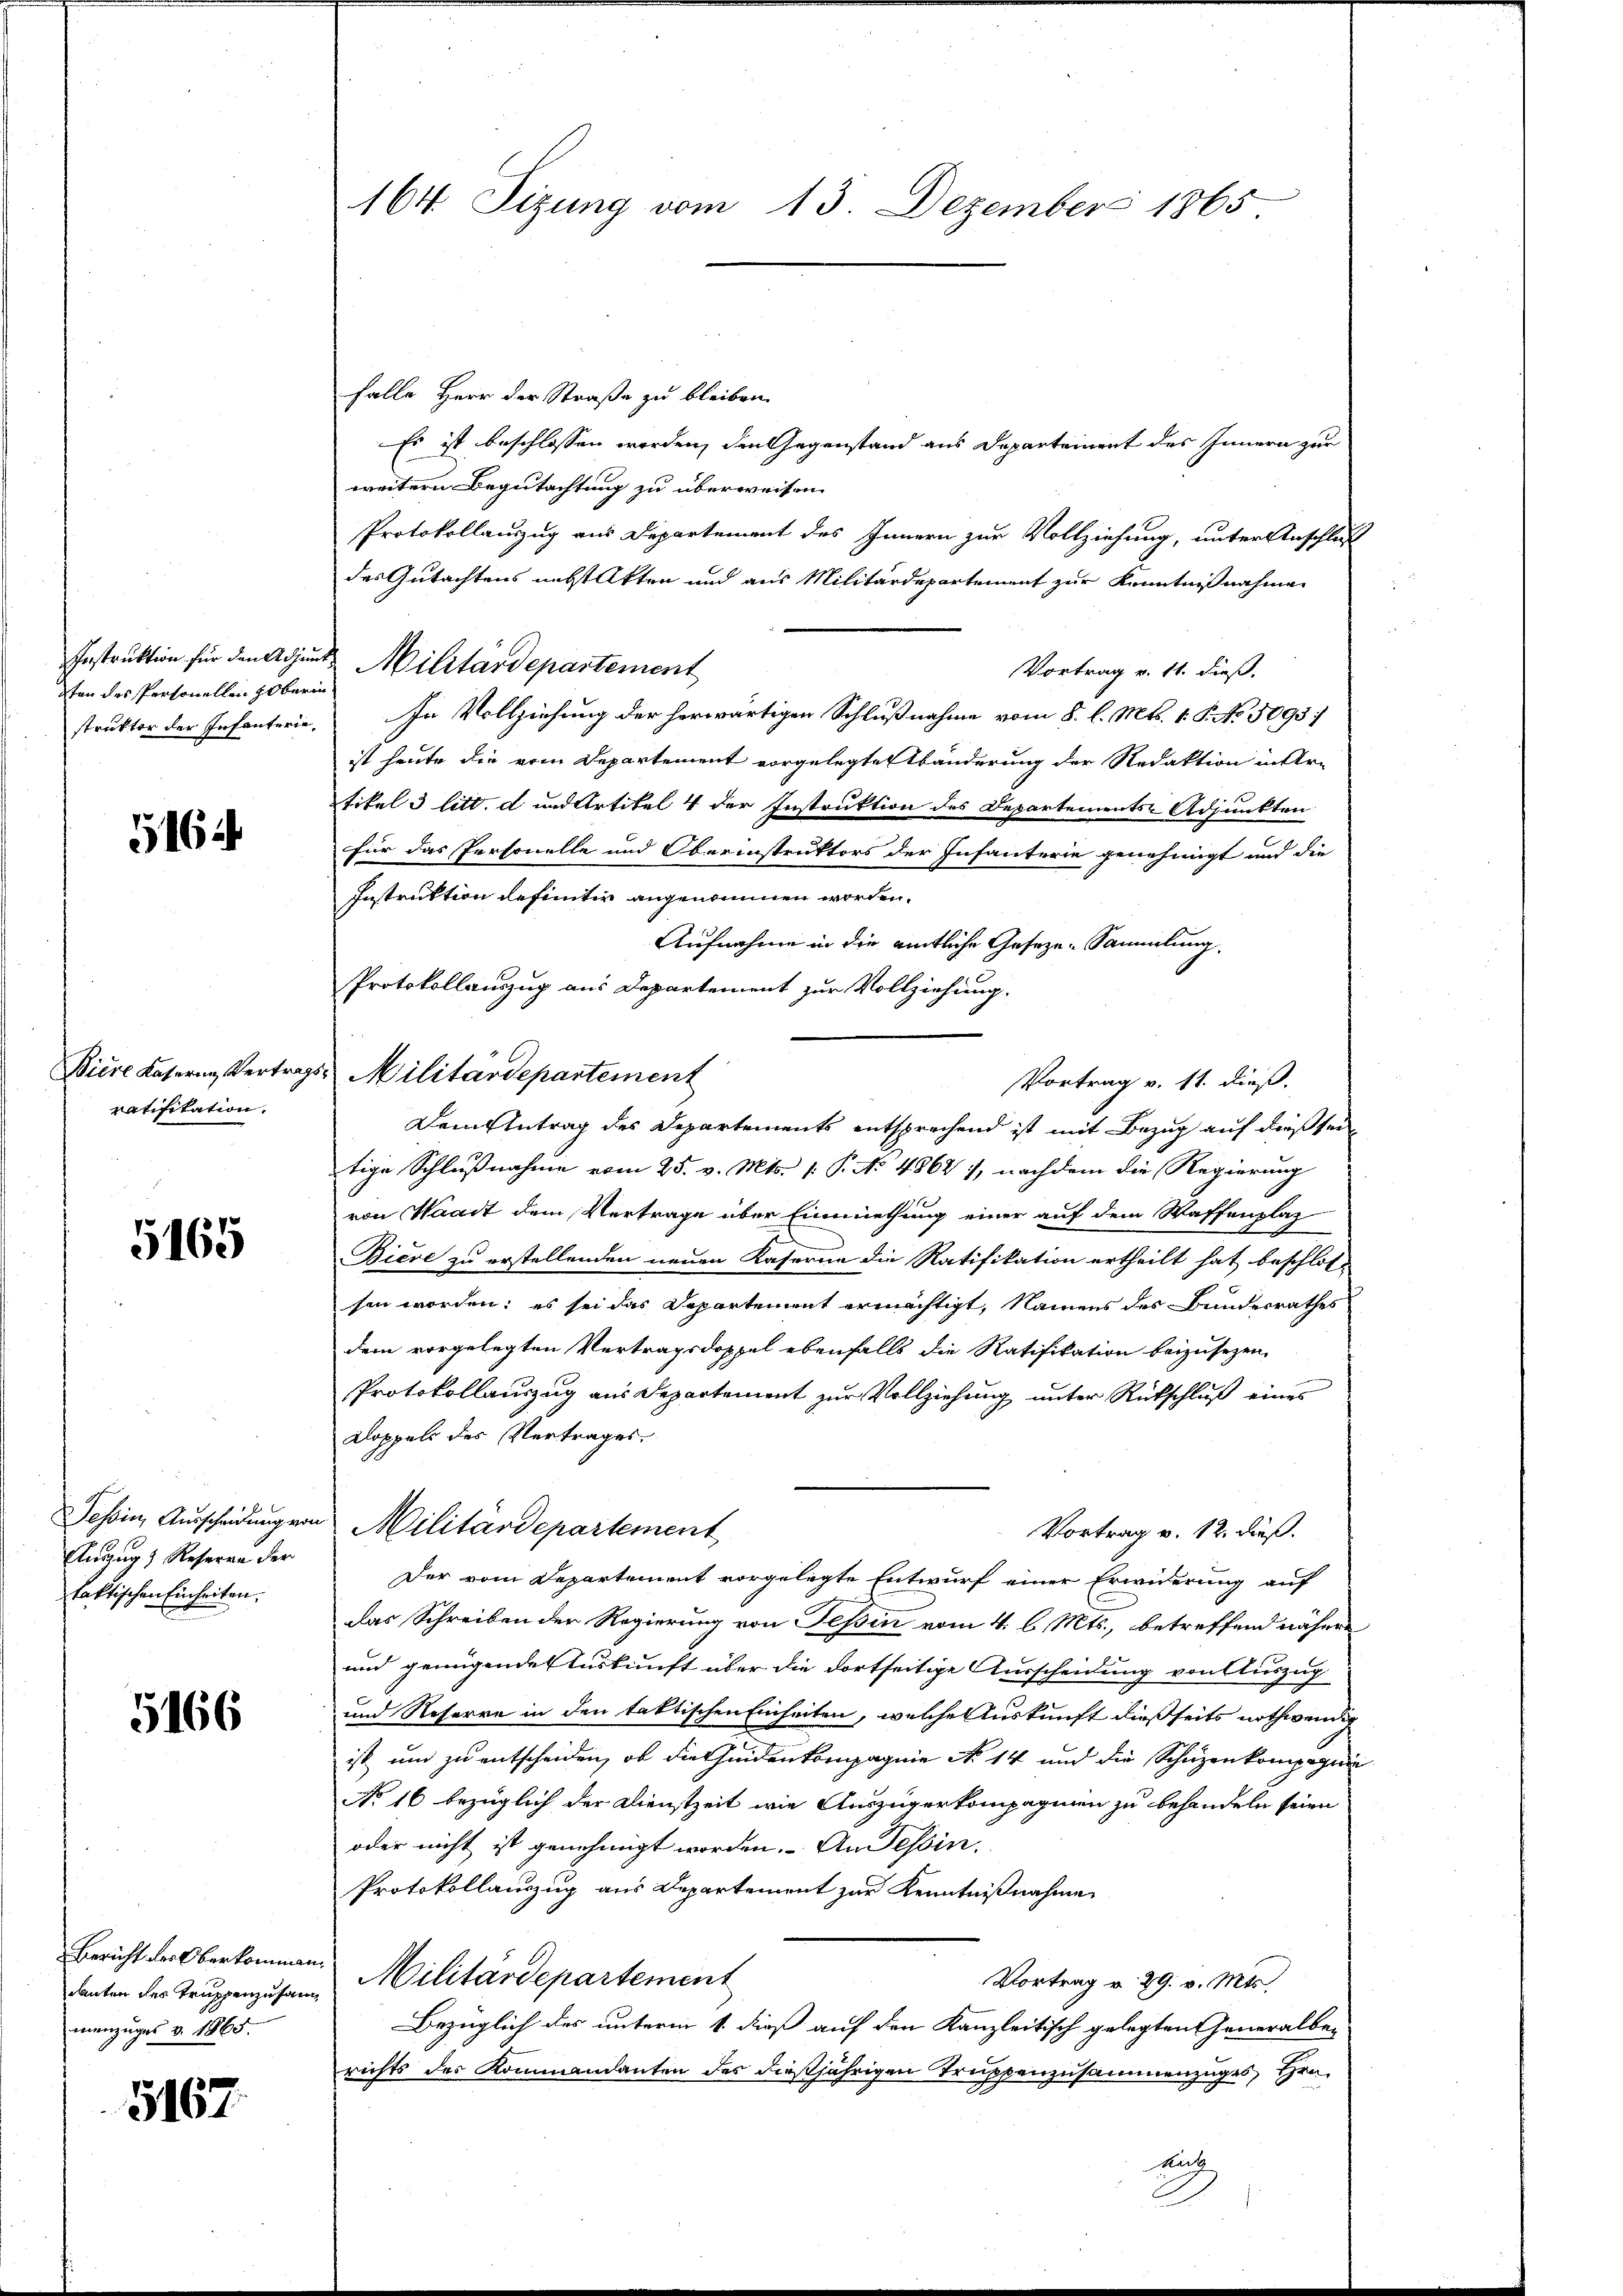
ten des Personellen so berin

5164

ratisitation.

5165

Angug) Reserve der
faktischen Einheiten.

5166

danten des Truppenzusammenzuges v. 1865.

5167.

falle Herr der Straße zu bleiben.
Es ist beschlossen worden, den Gegenstand aus Departement des Innern zur
weitern Begutachtung zu überweisen.
Protokollauszug aus Departement des Innern zur Vollziehung, unter Anschluß
des Gutachtens nebst Akten und aus Militärdepartement zur Kenntnißnahme
Instruktion für den Adjunct Militärdepartement
Vortrag v. 11. dieß.
struktor der Infanterie. In Vollziehung der herwärtigen Schlußnahme vom 8. l. Mts. 1. P. No 3093
ist heute die vom Departement vorgelegte Abänderung der Redaktion in Ar-
tikel 3 litt. d und Artikel 4 der Instruktion des Departements-Adjunkten
für das Personelle und Oberinstruktors der Infanterie genehmigt und die
Instruktion definitiv angenommen worden.
Aufnahme in die amtliche Geseze-Sammlung
Protokollauszug aus Departement zur Vollziehung.
Biere Kasern, Vertrags Militärdepartement
Vortrag v. 11. dieß.
Dem Antrag des Departements entsprechend ist mit Bezug auf dießsei
tige Schlußnahme vom 25. v. Mts. 1. P. No 4862, nachdem die Regierung
von Waadt dem Vertrage über Einmiethung einer auf dem Waffenplaz
Biere zu erstellenden neuen Kaserne die Ratifikation ertheilt hat beschlos-
sen worden; es sei das Departement ermächtigt, Namens des Bundesrathes
dem vorgelegten Vertragsdoppel ebenfalls die Ratifikation beizusezen,
Protokollauszug aus Departement zur Vollziehung unter Rückschluß eines
Doppels des Vertrages
Tessin, Ausscheidung von Militärdepartement
Vortrag v. 12. dieß.
Der vom Departement vorgelegte Entwurf einer Erwiderung auf
Das Schreiben der Regierung von Tessin vom 4. l. Mts., betreffend nähere
und genügendes Auskunft über die dortseitige Ausscheidung von Auszug
und Reserre in den taktischen Einheiten, welche Auskunft dießseits nothwendig
ist um zu entscheiden, ob die Gedenkompagnie No 14 und die Schüzenkompagnie
No 16 bezüglich der Dienstzeit wie Auszügerkompagnien zu behandeln seien
oder nicht ist genehmigt worden. An Tessin.
Protokollauszug aus Departement zur Kenntnißnahme
Bericht der Oberkommen. Militärdepartement
Vortrag v. 29. v. Mts.
Bezüglich des unterm 1. dieß auf den Kanzleitisch gelegten Generalbe-
richts des Kommandanten des dießjährigen Truppenzusammenzuges Hrn.
auch

164. Sizung vom 13. Dezember 1865